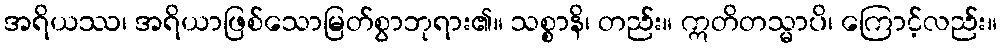
အရိယဿ၊ အရိယာဖြစ်သောမြတ်စွာဘုရား၏။ သစ္စာနိ၊ တည်း။ ဣတိတသ္မာပိ၊ ကြောင့်လည်း။